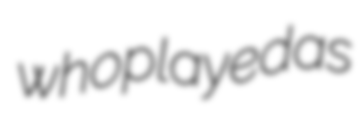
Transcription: who played as